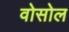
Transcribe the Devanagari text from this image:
वोसोल